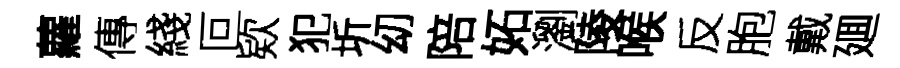
蘿傳綫叵欵犯圻㓜陪妬瀏陵喉反胞戴廽